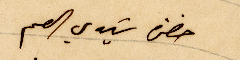
حضرة سَيدي العم